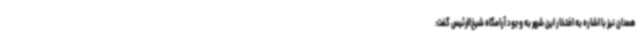
همدان نیز با اشاره به افتخار این شهر به وجود آرامگاه شیخ‌الرئیس گفت: